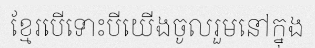
ខ្មែរបើទោះបីយើងចូលរួមនៅក្នុង